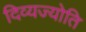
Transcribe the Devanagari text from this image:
दिव्यज्योति